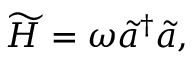
\widetilde { H } = \omega \widetilde { a } ^ { \dagger } \widetilde { a } ,